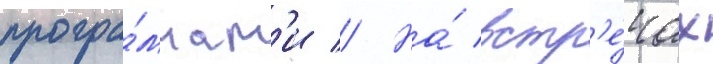
програ́ммам'и // На́ встр'е́чах